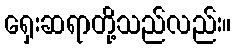
ရှေးဆရာတို့သည်လည်း။